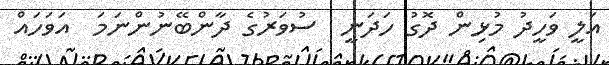
އަލީ ވަހީދު މުޅިން ދޮގު ހަދަނީ  ސުވަރުގެ ދާންބޭނުންނަމަ  އަވަހައް